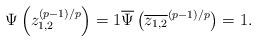
LaTeX: \begin{align*}\Psi\left(z_{1,2}^{(p-1)/p}\right)=1 \overline{\Psi}\left(\overline{z_{1,2}}^{(p-1)/p}\right)=1.\end{align*}